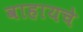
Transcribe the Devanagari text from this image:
वाहायचे